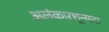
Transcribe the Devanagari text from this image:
अलंकारशून्यता